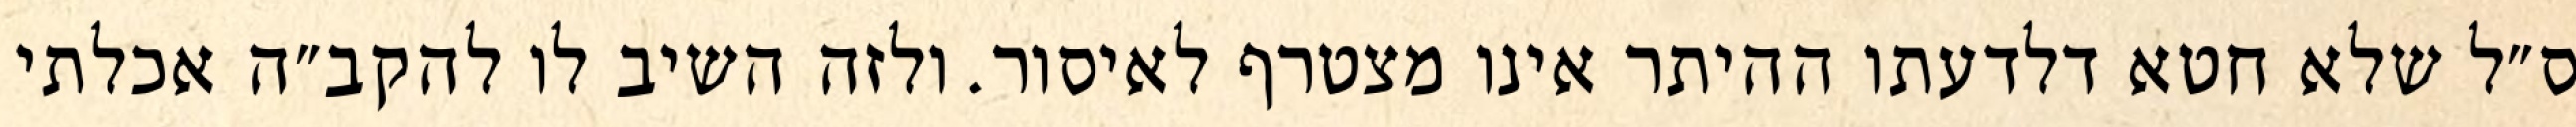
ס״ל שלא חטא דלדעתו ההיתר אינו מצטרף לאיסור. ולזה השיב לו להקב״ה אכלתי